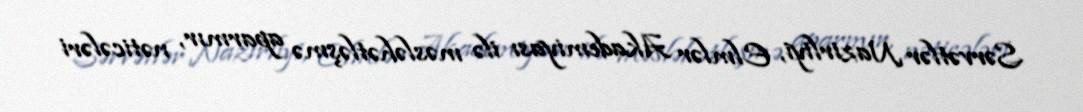
Sərvətlər Nazirliyi, Elmlər Akademiyası ilə məsləhətləşmə aparmır, nəticələri